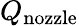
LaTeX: Q_{\mathrm{nozzle}}